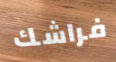
فراشك